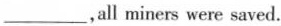
___，all miners were saved